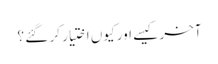
آخر کیسے اور کیوں اختیار کر گئے ؟